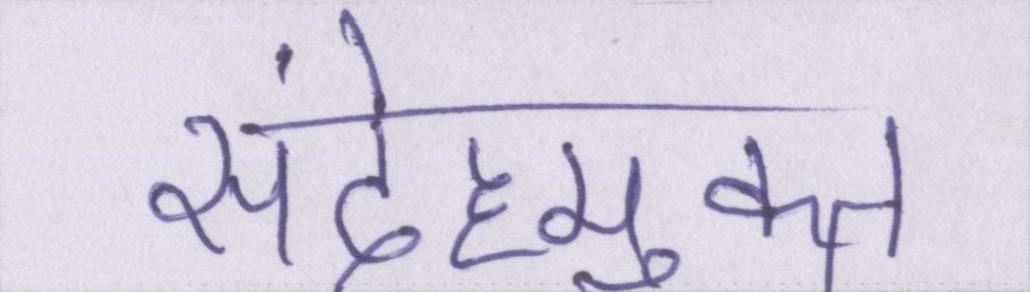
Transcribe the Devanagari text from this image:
संदेहमुक्त